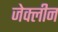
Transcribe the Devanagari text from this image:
जेक्लीन